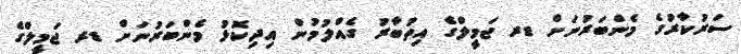
ސަރުކާރުގެ މެންބަރުނަށް ޑރ ޖަމީލްގެ އިތުބާރު ގެއްލުމުން އިދިިކޮޅު މެންބަރުނަށް ޑރ ޖަމީލްގެ